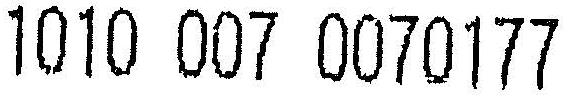
1010 007 0070177